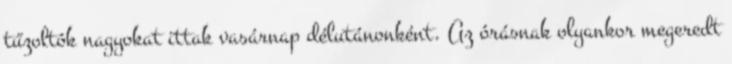
tűzoltók nagyokat ittak vasárnap délutánonként. Az órásnak olyankor megeredt